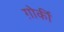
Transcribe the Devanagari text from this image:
ग़ोर्की